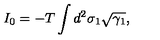
I _ { 0 } = - T \int d ^ { 2 } \sigma _ { 1 } \sqrt { \gamma _ { 1 } } ,